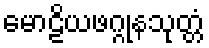
မောဠိယဖဂ္ဂုနသုတ္တံ